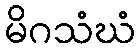
မိဂသံဃံ